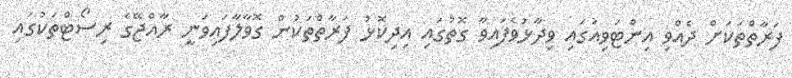
ފަރާތްތަކަށް ދެއްވި އިންޓަވިއުގައި ވިދާޅުވެފައިވާ ގޮތުގައި އިދިކޮޅު ފަރާތްތަކުން ގޮވާލާފައިވަނީ ރާއްޖޭގެ ރިސޯޓްތަކުގައި